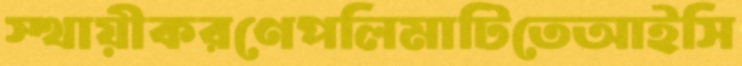
স্থায়ীকরণেপলিমাটিতেআইসি